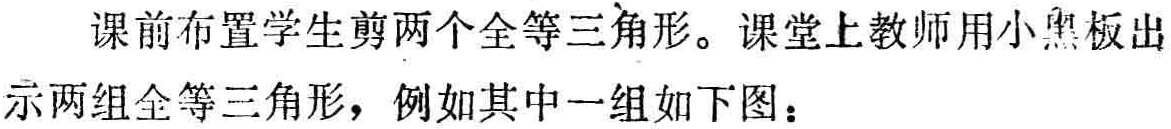
课前布置学生剪两个全等三角形。课堂上教师用小黑板出示两组全等三角形，例如其中一组如下图：